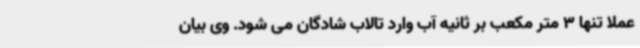
عملا تنها 3 متر مکعب بر ثانیه آب وارد تالاب شادگان می شود. وی بیان